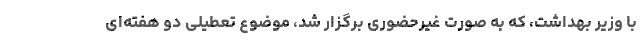
با وزیر بهداشت، که به صورت غیرحضوری برگزار شد، موضوع تعطیلی دو هفته‌ای